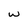
Character: w